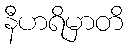
နီဟရိမှာတိ